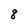
Character: 8